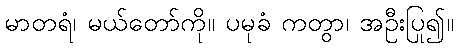
မာတရံ၊ မယ်တော်ကို။ ပမုခံ ကတွာ၊ အဦးပြု၍။